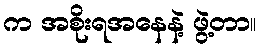
က အစိုးရအနေနဲ့ ဖွဲ့တာ။